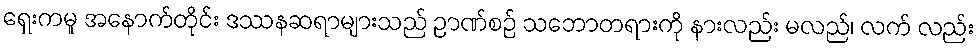
ရှေးကမူ အနောက်တိုင်း ဒဿနဆရာများသည် ဉာဏ်စဉ် သဘောတရားကို နားလည်း မလည်၊ လက် လည်း